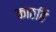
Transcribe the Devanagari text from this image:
काठहि